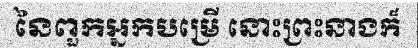
នៃពួកអ្នកបម្រើ នោះព្រះនាងក៏